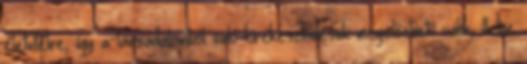
életvitelre, így a társadalomból való kirekesztődésük megelőzhető válik, illetve